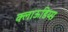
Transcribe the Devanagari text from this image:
क्लाऊडिय्स